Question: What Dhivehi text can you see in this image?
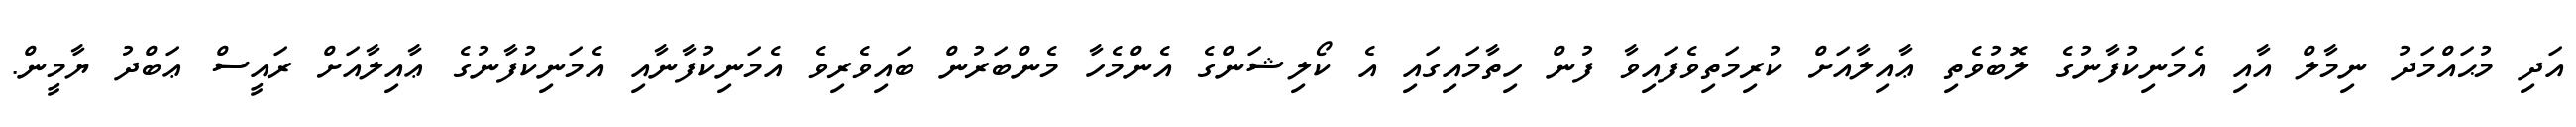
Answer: އަދި މުޙައްމަދު ނިމާލް އާއި އެމަނިކުފާނުގެ ލޮބުވެތި ޢާއިލާއަށް ކުރިމަތިވެފައިވާ ފުން ހިތާމައިގައި އެ ކޯލިޝަންގެ އެންމެހާ މެންބަރުން ބައިވެރިވެ އެމަނިކުފާނާއި އެމަނިކުފާނުގެ ޢާއިލާއަށް ރައީސް ޢަބްދު ޔާމީން.